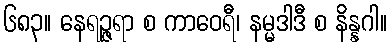
၆၈၃။ နေရဉ္ဇရာ စ ကာဝေရီ၊ နမ္မဒါဒီ စ နိန္နဂါ။